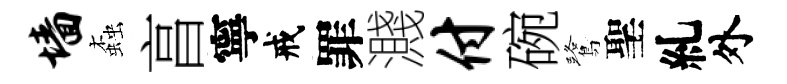
墙螙亯寧戒罪濺付碗鷺聖糺外